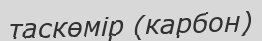
таскөмір (карбон)